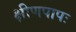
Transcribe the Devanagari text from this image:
क्षीणपापः